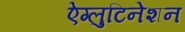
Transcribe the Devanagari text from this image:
ऐग्लुटिनेशन